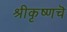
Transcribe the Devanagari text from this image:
श्रीकृष्णचॆ